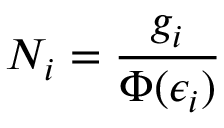
N _ { i } = { \frac { g _ { i } } { \Phi ( \epsilon _ { i } ) } }